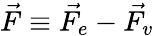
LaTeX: \vec{F}\equiv\vec{F_{e}}-\vec{F_{v}}